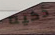
ذكيه